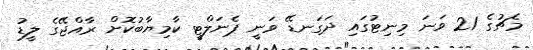
މެޗުގެ 21 ވަނަ މިނިޓުގައި ދަގަނޑޭ ވަނީ ޕެނަލްޓީ ކާމިޔާބުކޮށް ރާއްޖޭގެ ލީޑު